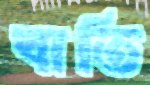
বাতি